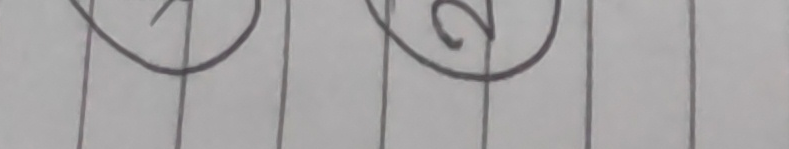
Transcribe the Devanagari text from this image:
२९